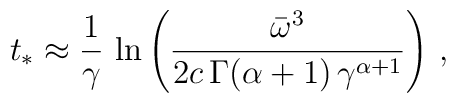
t_{*} \approx \frac{1}{\gamma }\,\ln \left( \frac{\bar{\omega }^{3}}{2c\,\Gamma(\alpha + 1)\,\gamma ^{\alpha + 1}}\right) \,,